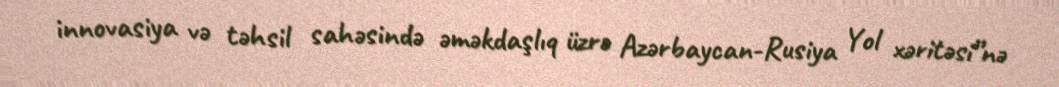
innovasiya və təhsil sahəsində əməkdaşlıq üzrə Azərbaycan-Rusiya Yol xəritəsi”nə